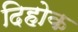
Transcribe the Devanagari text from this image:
दिहोक